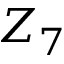
Z _ { 7 }